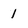
Character: 1